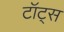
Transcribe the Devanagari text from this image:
टॉट्स